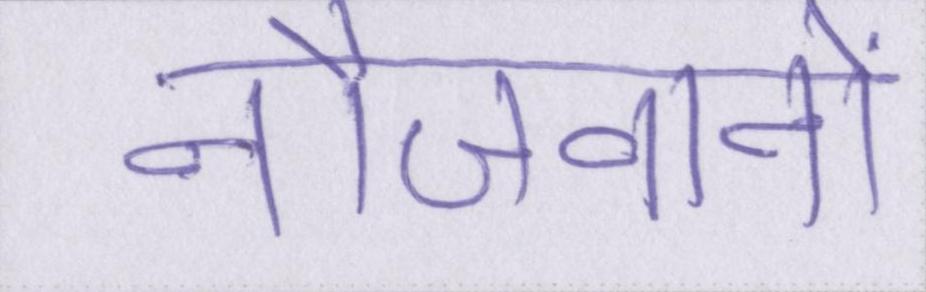
नौजवानों